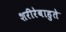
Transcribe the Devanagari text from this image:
शरीरेबाहुते